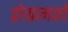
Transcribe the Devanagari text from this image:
प्रोग्रामकों